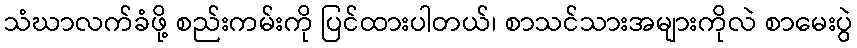
သံဃာလက်ခံဖို့ စည်းကမ်းကို ပြင်ထားပါတယ်၊ စာသင်သားအများကိုလဲ စာမေးပွဲ